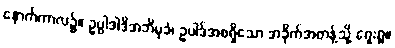
နောက်ကာလ၌။ ဥပ္ပါဒါဒိအဘိမုခံ၊ ဥပါဒ်အစရှိသော အခိုက်အတန့်သို့ ရှေးရှု။